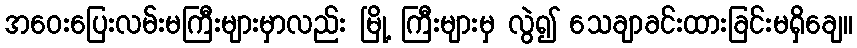
အဝေးပြေးလမ်းမကြီးများမှာလည်း မြို့ ကြီးများမှ လွဲ၍ သေချာခင်းထားခြင်းမရှိချေ။